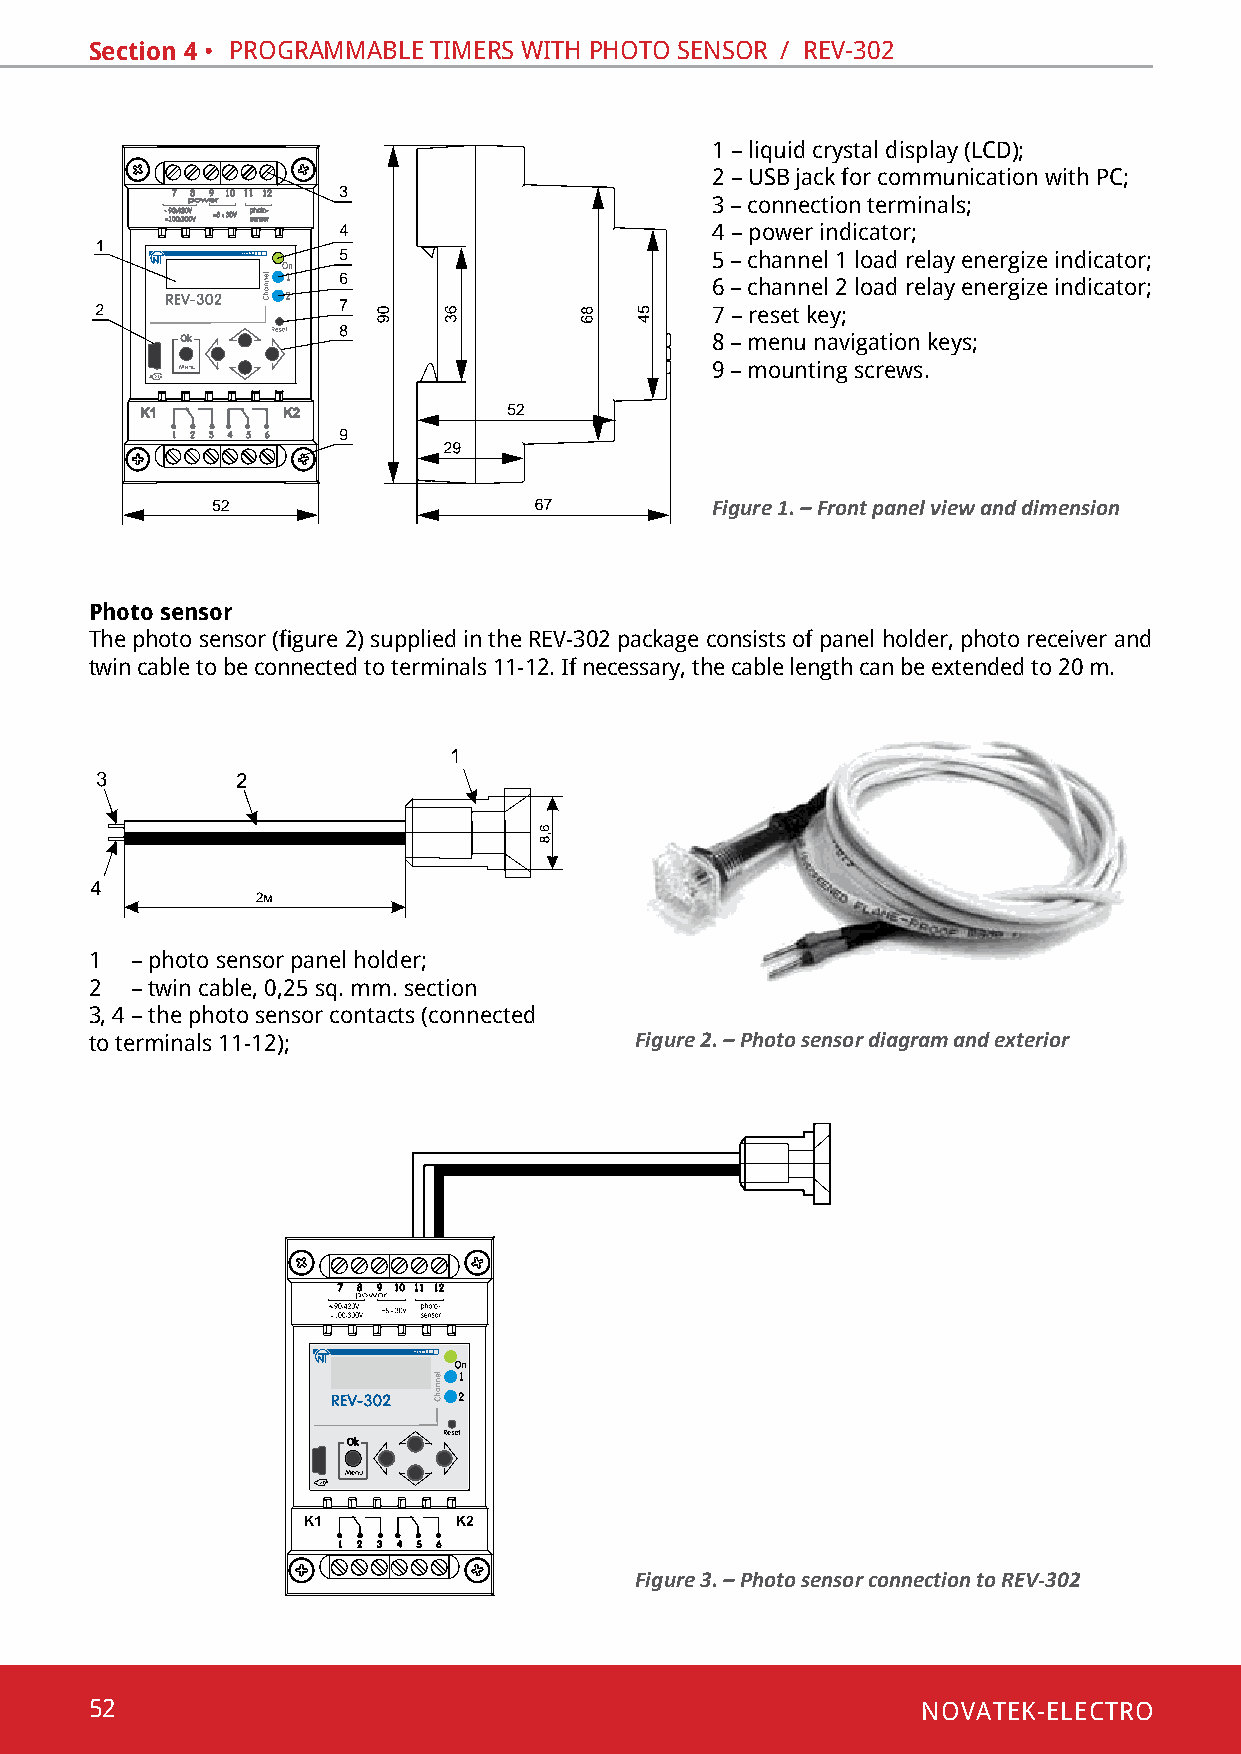
Section 4 • pRoGRammable timeRs With photo sensoR / Rev-302
 1 – liquid crystal display (lcd);
 2 – usb jack for communication with pc;
 3 – connection terminals;
 4 – power indicator;
 5 – channel 1 load relay energize indicator;
 6 – channel 2 load relay energize indicator;
 7 – reset key;
 8 – menu navigation keys;
 9 – mounting screws.
 Figure 1. – Front panel view and dimension
 Photo sensor
 The photo sensor (figure 2) supplied in the REV-302 package consists of panel holder, photo receiver and
 twin cable to be connected to terminals 11-12. If necessary, the cable length can be extended to 20 m.
 1  – photo sensor panel holder;
 2  – twin cable, 0,25 sq. mm. section
 3, 4 – the photo sensor contacts (connected
 to terminals 11-12);                Figure 2. – Photo sensor diagram and exterior
 Figure 3. – Photo sensor connection to REV-302
 52                                                     NOVATEK-ELECTRO